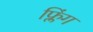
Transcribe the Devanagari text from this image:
फ्लिंग